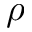
\rho